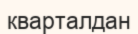
кварталдан